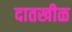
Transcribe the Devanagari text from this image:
दातखीळ